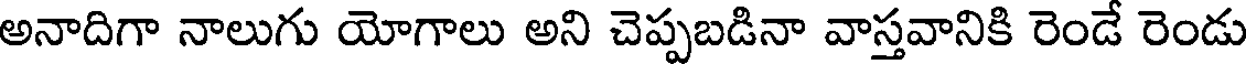
అనాదిగా నాలుగు యోగాలు అని చెప్పబడినా వాస్తవానికి రెండే రెండు